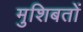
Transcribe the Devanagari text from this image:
मुशिबतों